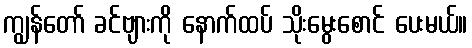
ကျွန်တော် ခင်ဗျားကို နောက်ထပ် သိုးမွေးစောင် ပေးမယ်။